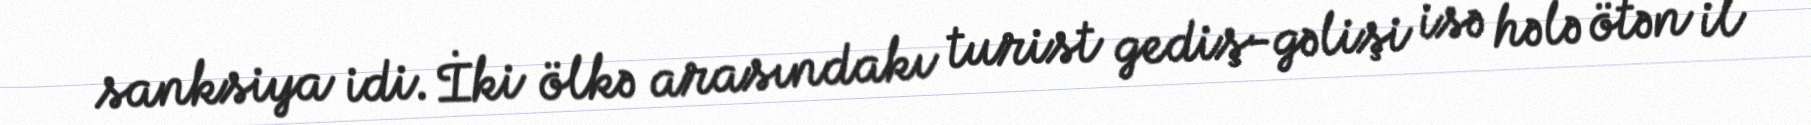
sanksiya idi. İki ölkə arasındakı turist gediş-gəlişi isə hələ ötən il